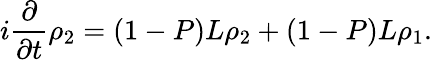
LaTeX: i{\frac{\partial}{\partial t}}\rho_{2}=\left(1-P\right)L\rho_{2}+\left(1-P\right)L\rho_{1}.